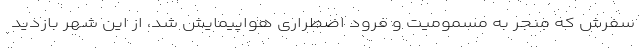
سفرش که منجر به مسمومیت و فرود اضطراری هواپیمایش شد، از این شهر بازدید